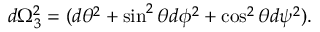
d \Omega _ { 3 } ^ { 2 } = ( d \theta ^ { 2 } + \sin ^ { 2 } \theta d \phi ^ { 2 } + \cos ^ { 2 } \theta d \psi ^ { 2 } ) .